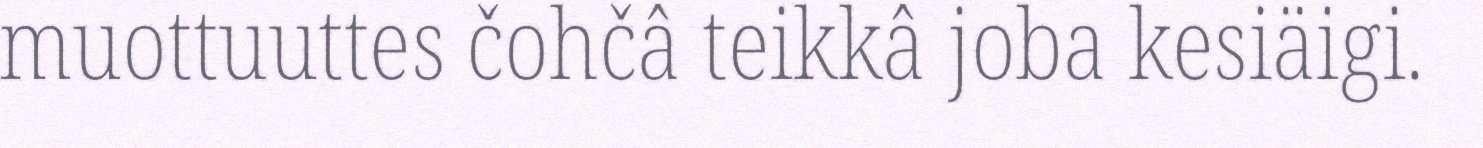
muottuuttes čohčâ teikkâ joba kesiäigi.